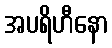
အပရိဟီနော